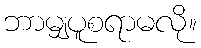
ဘာမျှပူစရာမလို။